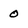
Character: 0